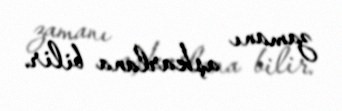
zamanı aşkarlana bilir.